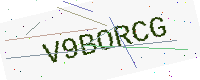
Text: V9BORCG